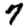
Digit: 7